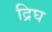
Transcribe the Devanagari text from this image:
द्रिघ